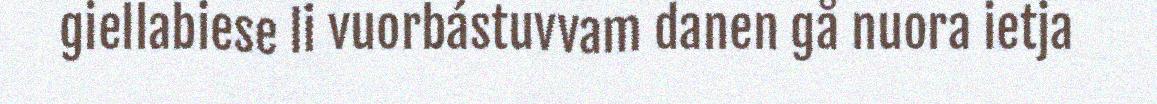
giellabiese li vuorbástuvvam danen gå nuora ietja